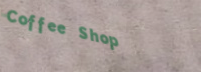
Coffee Shop